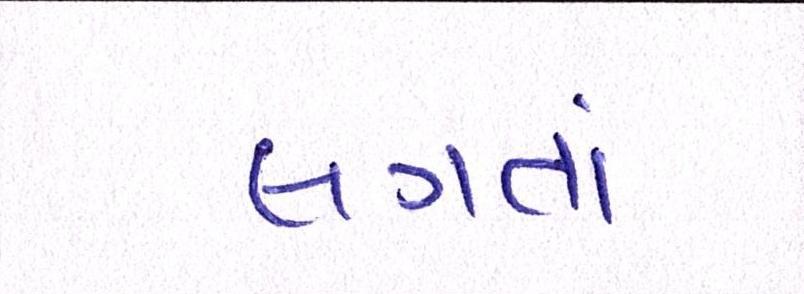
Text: લગતાં